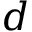
d